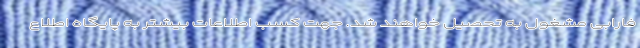
فارابی مشغول به تحصیل خواهند شد. جهت کسب اطلاعات بیشتر به پایگاه اطلاع